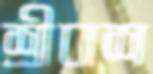
শ্রীবাশ